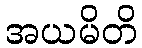
အယမိတိ